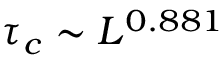
\tau _ { c } \sim L ^ { 0 . 8 8 1 }